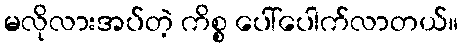
မလိုလားအပ်တဲ့ ကိစ္စ ပေါ်ပေါက်လာတယ်။